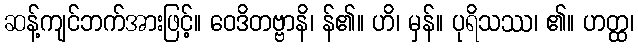
ဆန့်ကျင်ဘက်အားဖြင့်။ ဝေဒိတဗ္ဗာနိ၊ န်၏။ ဟိ၊ မှန်။ ပုရိသဿ၊ ၏။ ဟတ္ထ၊